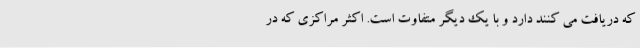
که دریافت می کنند دارد و با یک دیگر متفاوت است. اکثر مراکزی که در